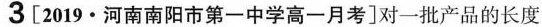
3[2019\cdot 河南南阳市第一中学高一月考]对一批产品的长度